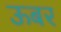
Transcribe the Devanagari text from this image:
ऊबर